Medical and sanitary report of the native army of Bengal for the year
Year: 1875
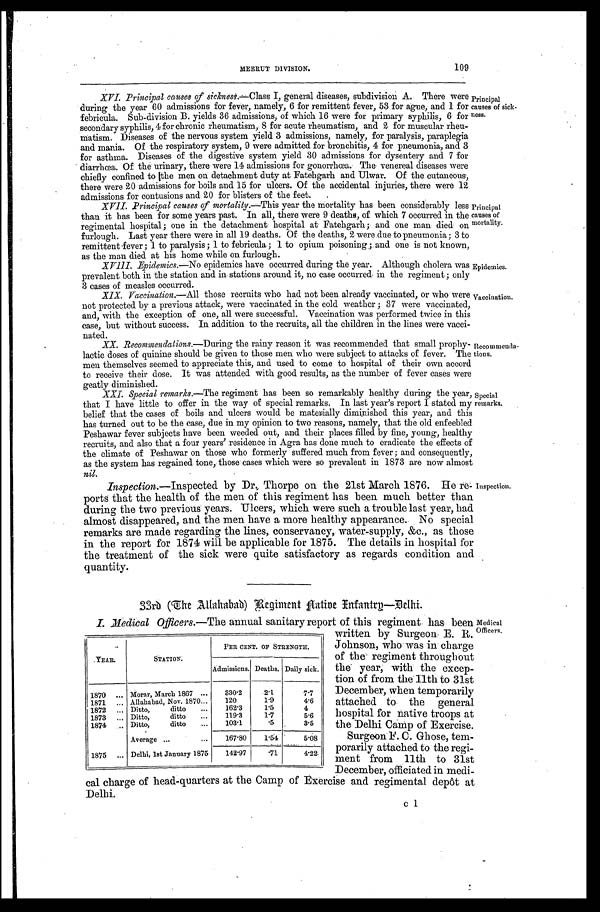
Epidemics.
Vaccination.
XX. Recommendations.—During the rainy reason it was recommended that small prophy-
lactic doses of quinine should be given to those men who were subject to attacks of fever. The
men themselves seemed to appreciate this, and used to come to hospital of their own accord
to receive their dose. It was attended with good results, as the number of fever cases were
geatly diminished.
Recommenda-
tions.
109
MEERUT DIVISION.
XVI. Principal causes of sickne ss.—Class I, general diseases, subdivision A. There were
during the year 60 admissions for fever, namely, 6 for remittent fever, 53 for ague, and 1 for
febricula. Sub-division B. yields 36 admissions, of which 16 were for primary syphilis, 6 for
secondary syphilis, 4 for chronic rheumatism, 8 for acute rheumatism, and 2 for muscular rheu-
matism. Diseases of the nervous system yield 3 admissions, namely, for paralysis, paraplegia
and mania. Of the respiratory system, 9 were admitted for bronchitis, 4 for pneumonia, and 3
for asthma. Diseases of the digestive system yield 30 admissions for dysentery and 7 for
diarrhœa. Of the urinary, there were 14 admissions for gonorrhœa. The venereal diseases were
chiefly confined to the men on detachment duty at Fatehgarh and Ulwar. Of the cutaneous,
there were 20 admissions for boils and 15 for ulcers. Of the accidental injuries, there were 12
admissions for contusions and 20 for blisters of the feet.
XVII. Principal causes of mortality.—This year the mortality has been considerably less
than it has been for some years past. In all, there were 9 deaths, of which 7 occurred in the
regimental hospital ; one in the detachment hospital at Fatehgarh ; and one man died on
furlough. Last year there were in all 19 deaths. Of the deaths, 2 were due to pneumonia ; 3 to
remittent fever ; 1 to paralysis ; 1 to febricula ; 1 to opium poisoning ; and one is not known,
as the man died. at his home while on furlough.
Principal
causes of sick-
ness.
Principal
causes of
mortality.
XVIII. Epidemics.—No epidemics have occurred during the year. Although cholera was
prevalent both in the station and in stations around it, no case occurred in the regiment ; only
3 cases of measles occurred.
XIX. Vaccination.—All those recruits who had not been already vaccinated, or who were
not protected by a previous attack, were vaccinated in the cold weather ; 37 were vaccinated,
and, with the exception of one, all were successful. Vaccination was performed twice in this
case, but without success. In addition to the recruits, all the children in the lines were vacci-
- n a t e d .
heal
th
XXI. Special remarks.—The regiment has been so remarkably during the year,
that I have little to offer in the way of special remarks. In last year's report I stated my
belief that the cases of boils and ulcers would be materially diminished this year, and this
has turned out to be the case, due in my opinion to two reasons, namely, that the old enfeebled
Peshawar fever subjects have been weeded out, and their places filled by fine, young, healthy
recruits, and also that a four years' residence in Agra has done much to eradicate the effects of
the climate of Peshawar on those who formerly suffered much from fever ; and consequently,
as the system has regained tone, those cases which were- so prevalent in 1873 are now almost
nil.
Inspection.—Inspected by Dr, Thorpe on the 21st March 1876. He re-
ports that the health of the men of this regiment has been much better than
during the two previous years. Ulcers, which were such a trouble last year, had
almost disappeared, and the men have a more healthy appearance. No special
remarks are made regarding the lines, conservancy, water-supply, &c., as those
in the report for 1874 will be applicable for 1875. The details in hospital for
the treatment of the sick were quite satisfactory as regards condition
quantity.
Special
remarks.
Inspection.
33rd (The Allahabad) Regiment Aative Infantry—Delhi.
I. Medical Officers.—The annual sanitary report of this regiment has been
written by Surgeon: E. R.
Johnson, who was in charge
of the regiment throughout
the year, with the excep-
tion of from the 11th to 31st
December, when temporarily
attached to the general
hospital for native troops at
the Delhi Camp of Exercise.
Surgeon F. C. Ghose, tem-
porarily attached to the regi-
ment from 11th to 31st
December, officiated in medi-
cal charge of head-quarters at the Camp of Exercise and regimental depot at
Delhi.
YEAR.
STATION.
PER CENT. OF STRENGTH.
Admissions. Deaths. Daily sick.
1870
. . . Morar, March 1867
. . .
330.2
2.1
7.7
1 8 7 1 . . .
Allahabad, Nov. 1870 . . .
120
1.9
4.6
1872
. . . Ditto,
ditto
. . .
162.3
1.5
4
1873
. . . Ditto,
ditto
. . .
119.3
1.7
5.6
1874
. . . Ditto,
ditto
. . .
103.1
.5
3.5
Average
. . .
167.80
1.54 5.08
1875
. . . Delhi, 1st January 1875
142.97
.71
4.22
Medical
Officers.
c 1